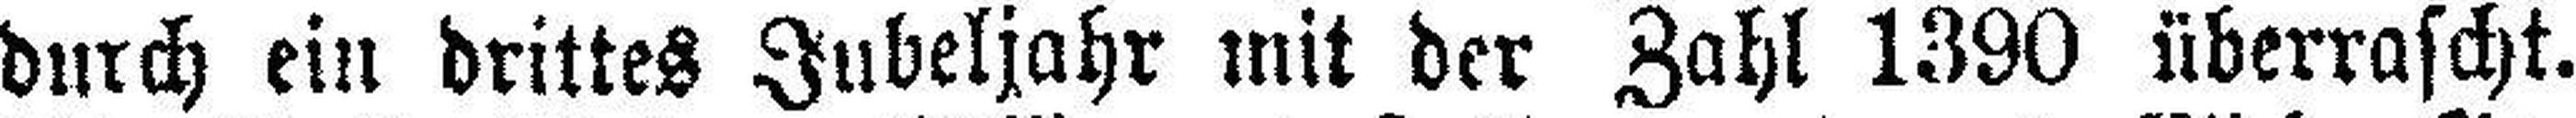
durch ein drittes Jubeljahr mit der Zahl 1390 überrascht.